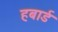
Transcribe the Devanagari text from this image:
हबार्ड